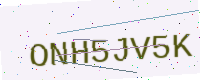
Text: ONH5JV5K